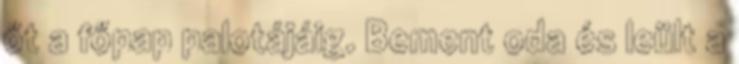
őt a főpap palotájáig. Bement oda és leült a